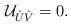
LaTeX: \begin{align*}{\cal U}_{\hat{U}\hat{V}}=0.\end{align*}